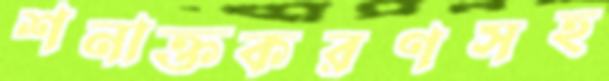
শনাক্তকরণসহ